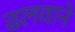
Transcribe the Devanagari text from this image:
ढलवाने